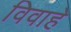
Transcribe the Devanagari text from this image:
विवाहे